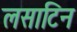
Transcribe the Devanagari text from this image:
लसाटिन